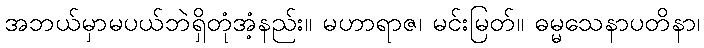
အဘယ်မှာမပယ်ဘဲရှိတုံအံ့နည်း။ မဟာရာဇ၊ မင်းမြတ်။ ဓမ္မသေနာပတိနာ၊